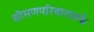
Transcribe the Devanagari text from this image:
सॊमणपरिवारातर्फे